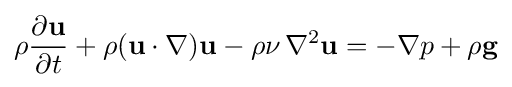
\rho {\frac {\partial \mathbf {u} }{\partial t}}+\rho (\mathbf {u} \cdot \nabla )\mathbf {u} -\rho \nu \,\nabla ^{2}\mathbf {u} =-\nabla p+\rho \mathbf {g}